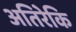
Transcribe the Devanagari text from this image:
अतिरेकि